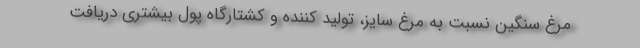
مرغ سنگین نسبت به مرغ سایز، تولید کننده و کشتارگاه پول بیشتری دریافت